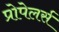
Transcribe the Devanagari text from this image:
प्रोपेलर्स